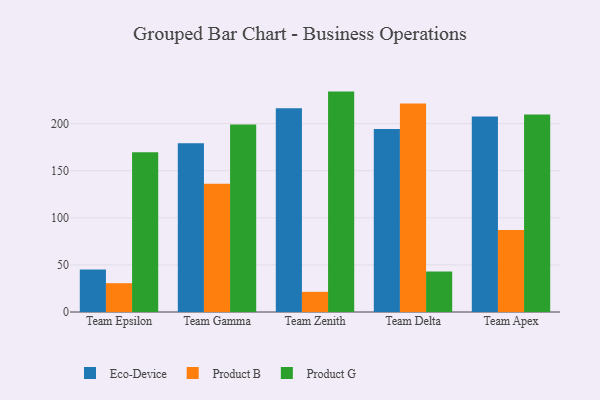
{"axis": {"x": "Team", "y": "Website Visitors"}, "legend": ["Eco-Device", "Product B", "Product G"], "data": [{"x": "Team Epsilon", "y": 45.1, "type": "Eco-Device"}, {"x": "Team Epsilon", "y": 30.6, "type": "Product B"}, {"x": "Team Epsilon", "y": 169.7, "type": "Product G"}, {"x": "Team Gamma", "y": 179.1, "type": "Eco-Device"}, {"x": "Team Gamma", "y": 136.1, "type": "Product B"}, {"x": "Team Gamma", "y": 199.2, "type": "Product G"}, {"x": "Team Zenith", "y": 216.2, "type": "Eco-Device"}, {"x": "Team Zenith", "y": 21.4, "type": "Product B"}, {"x": "Team Zenith", "y": 234.0, "type": "Product G"}, {"x": "Team Delta", "y": 194.2, "type": "Eco-Device"}, {"x": "Team Delta", "y": 221.4, "type": "Product B"}, {"x": "Team Delta", "y": 42.9, "type": "Product G"}, {"x": "Team Apex", "y": 207.5, "type": "Eco-Device"}, {"x": "Team Apex", "y": 87.0, "type": "Product B"}, {"x": "Team Apex", "y": 209.6, "type": "Product G"}]}